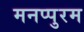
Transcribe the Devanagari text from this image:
मनप्पुरम